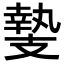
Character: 𭣛